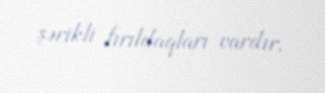
şərikli fırıldaqları vardır.